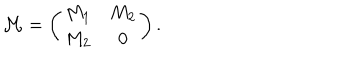
LaTeX: { \cal M } = \left( \begin{array} { c c } { { M _ { 1 } } } & { { M _ { 2 } } } \\ { { M _ { 2 } } } & { { 0 } } \\ \end{array} \right) .